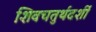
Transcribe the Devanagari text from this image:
शिवचतुर्थदर्शी